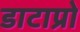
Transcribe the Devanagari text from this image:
डाटाप्रो